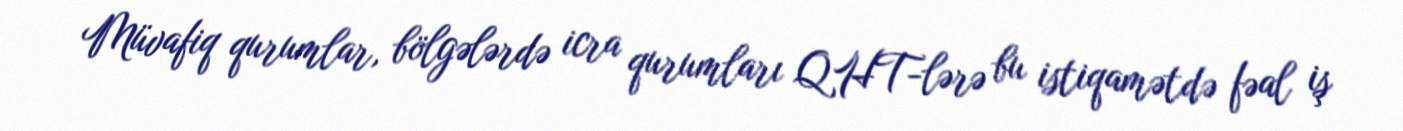
Müvafiq qurumlar, bölgələrdə icra qurumları QHT-lərə bu istiqamətdə fəal iş